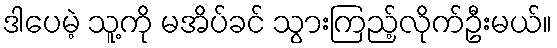
ဒါပေမဲ့ သူ့ကို မအိပ်ခင် သွားကြည့်လိုက်ဦးမယ်။